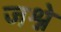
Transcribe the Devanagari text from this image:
जश्ने